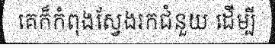
គេក៏កំពុងស្វែងរកជំនួយ ដើម្បី